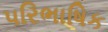
પરિભાષિક